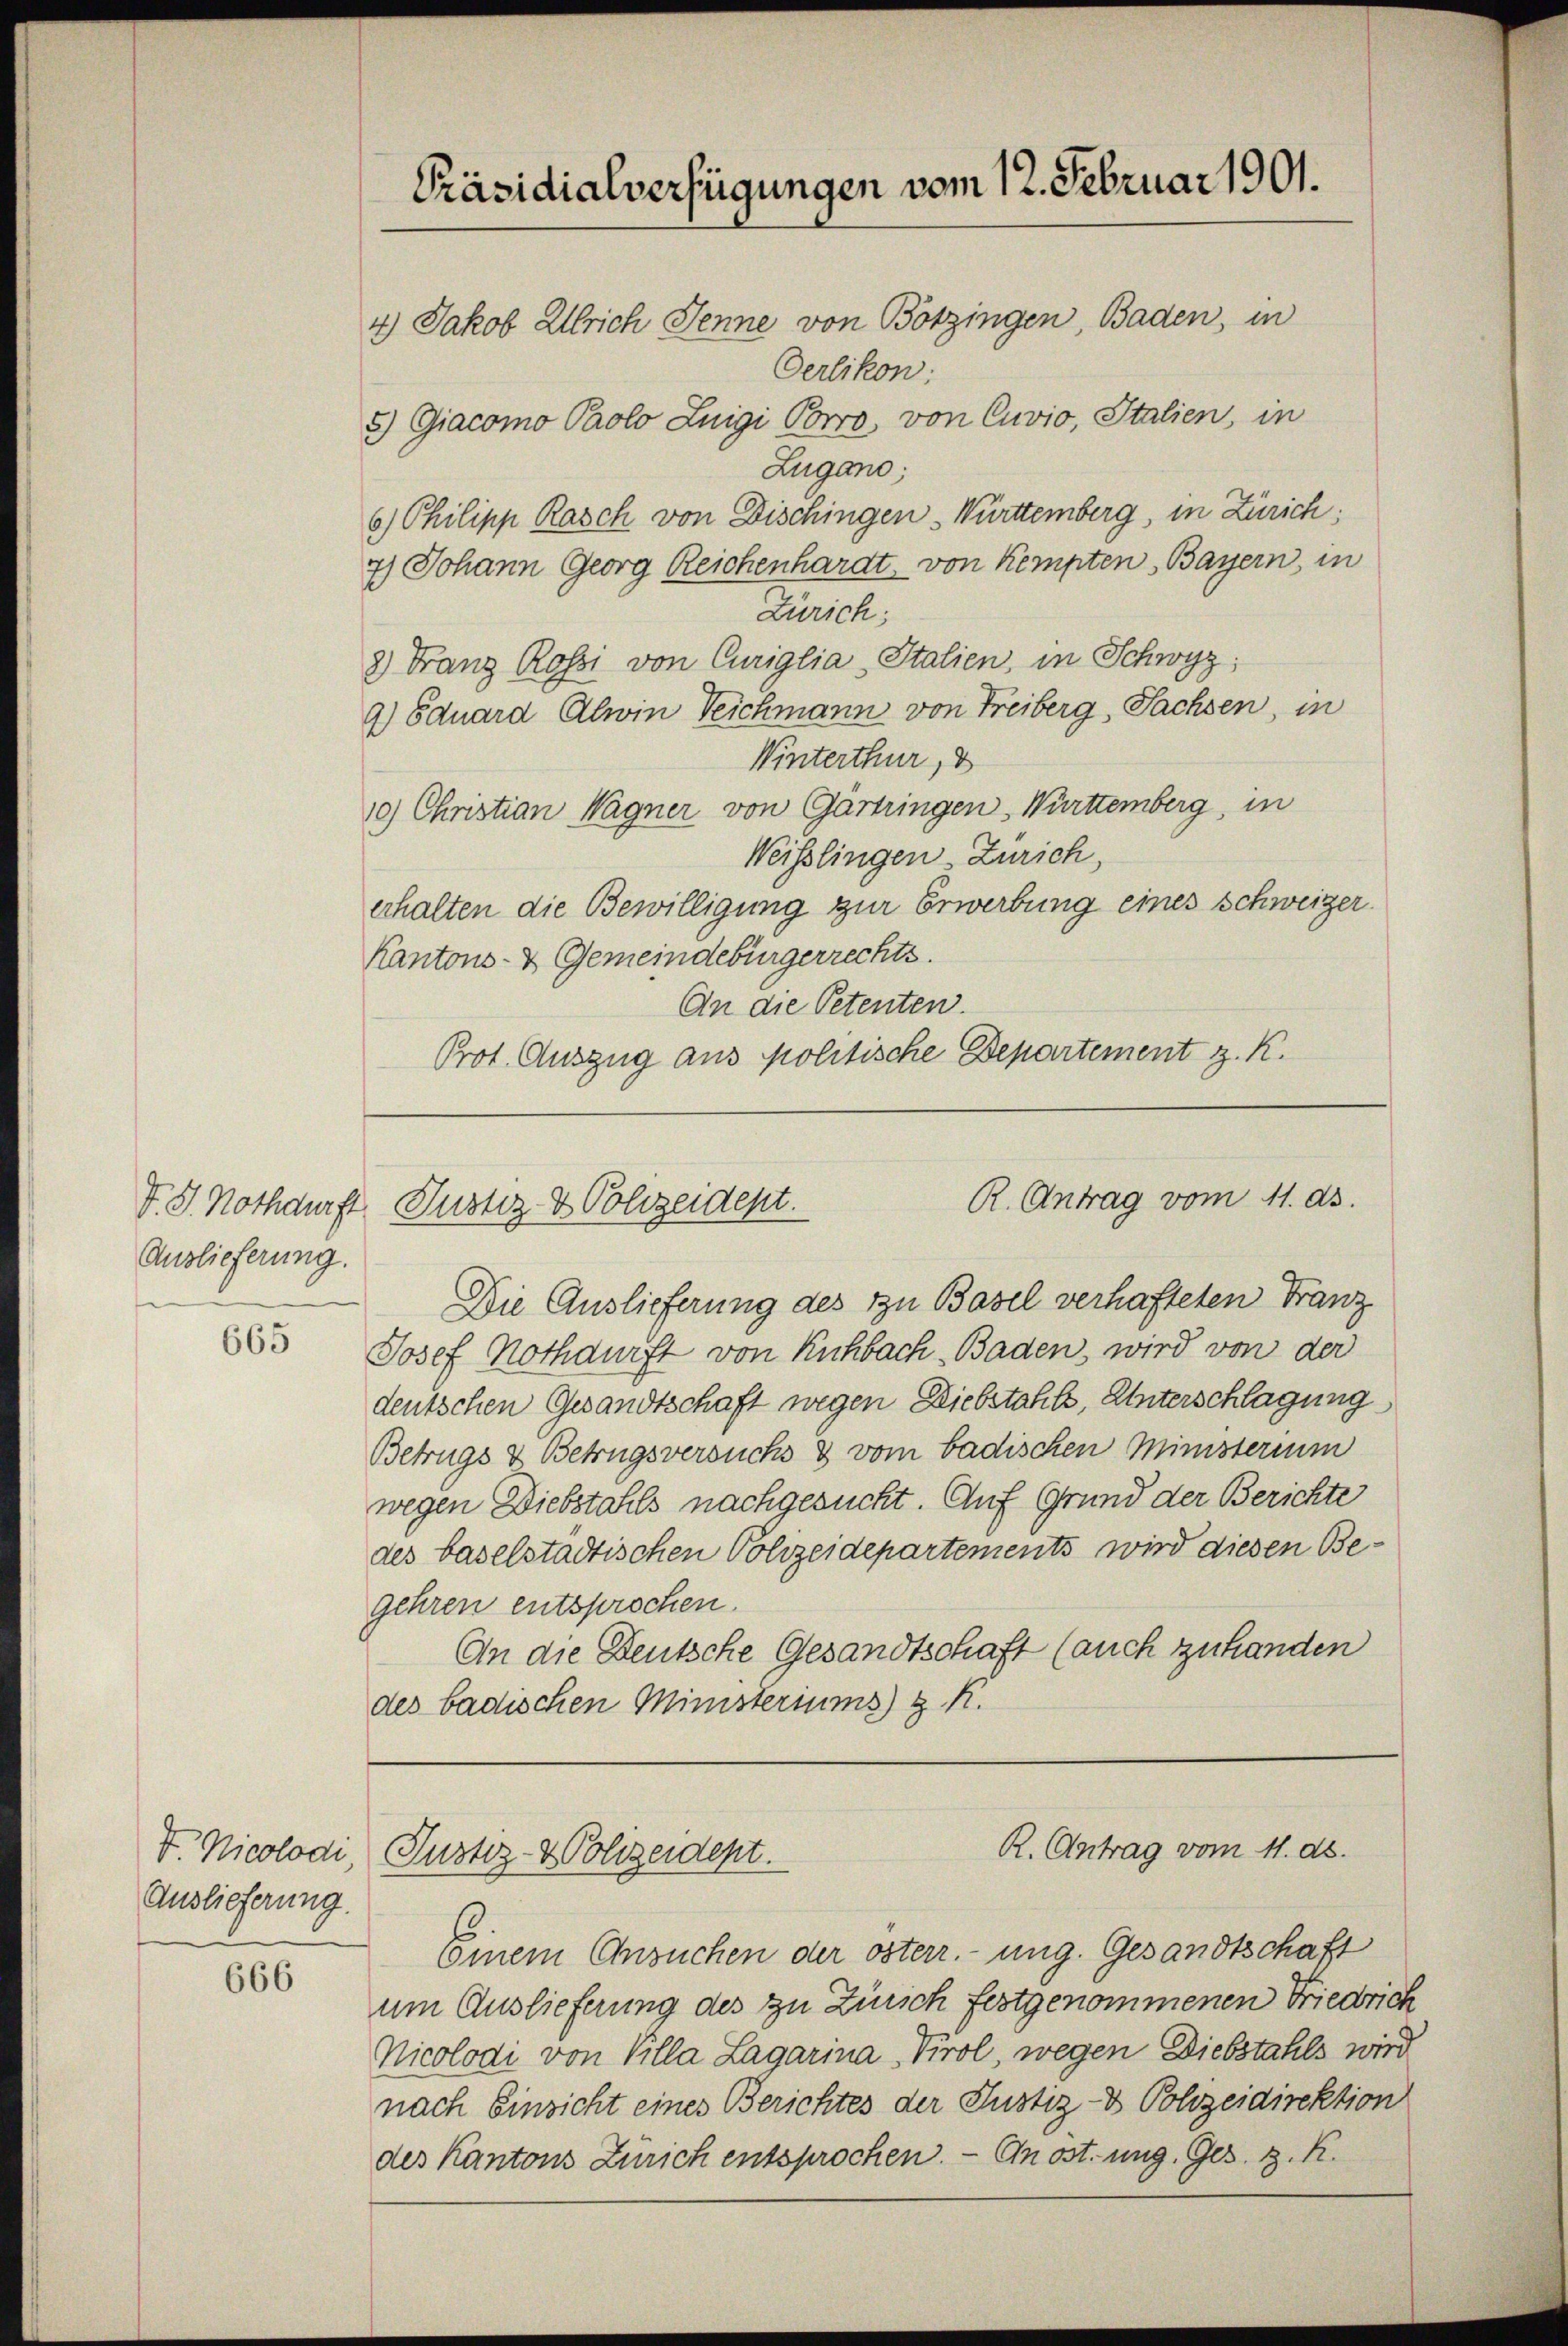
Auslieferung.

665

V. Nicolodi
Auslieferung.

666

Präsidialverfügungen vom 12. Februar 1901.
4) Jakob Ulrich Jenne von Botzingen, Baden, in

Oerlikon:
5) Giacomo Paolo Luigi Porro, von Cuvio, Italien, in
Zugano;
6) Philipp Rasch von Dischingen - Württemberg, in Zürich:
7) Johann Georg Reichenhardt von Kempten Bayern, in
Zürich;
2) Franz Rossi von Curiglia Italien, in Schwyz;
9) Eduard Alwin Teichmann von Freiberg, Sachsen, in
Winterthur, d
10) Christian Wagner von Gartringen-Württemberg, in
Weisslingen Zürich,
erhalten die Bewilligung zur Erwerbung eines Schweizer¬
Kantons- & Gemeindebürgerrechts.
An die Petenten.
Prot. Auszug aus politische Departement z. K.

R. Antrag vom 11. ds.
V. S. Nothdurft, Justiz- & Polizeident.

R. Antrag vom 11. ds.
Justiz- & Polizeident.

Die Auslieferung des zu Basel verhafteten Franz
Josef Nothdurft von Kuhbach Baden, wird von der
deutschen Gesandtschaft wegen Diebstahls, Unterschlagung
Betrugs & Betrugsversuchs & vom badischen Ministerium
wegen Diebstahls nachgesucht. Auf Grund der Berichte
des baselstädtischen Polizeidepartements wird diesen Begehren entsprochen.
An die Deutsche Gesandtschaft (auch zu handen
des badischen Ministeriums) z. K.

Einem Ansuchen der österr. ung. Gesandtschaft
um Auslieferung des zu Zürich festgenommenen Friedrich
Nicolodi von Villa Lagarina Tirol, wegen Diebstahls wird
nach Einsicht eines Berichtes der Justiz- & Polizeidirektion
des Kantons Zürich entsprochen. — On ost. ung. Ges. z. R.